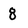
Character: 8